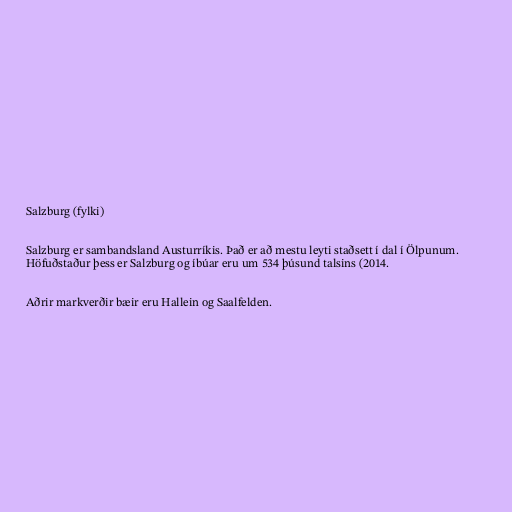
Salzburg (fylki)

Salzburg er sambandsland Austurríkis. Það er að mestu leyti staðsett í dal í Ölpunum.
Höfuðstaður þess er Salzburg og íbúar eru um 534 þúsund talsins (2014.

Aðrir markverðir bæir eru Hallein og Saalfelden.